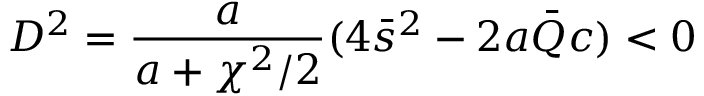
D ^ { 2 } = \frac { a } { a + \chi ^ { 2 } / 2 } ( 4 \bar { s } ^ { 2 } - 2 a \bar { Q } c ) < 0